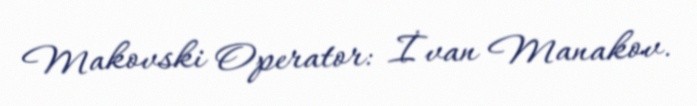
Makovski Operator: İvan Manakov.